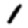
Digit: 1